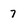
Character: 7